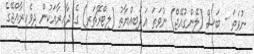
ނުވަތަ - ބަސް (ލޭންގުއޭޖް) ނުވަތަ އަދަބިއްޔާތު (ލިޓްރޭޗަރ) ގެ ދާއިރާއަކުން ދިވެހިރާއްޖޭގެ